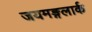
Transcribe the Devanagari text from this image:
जयमङ्गलार्क